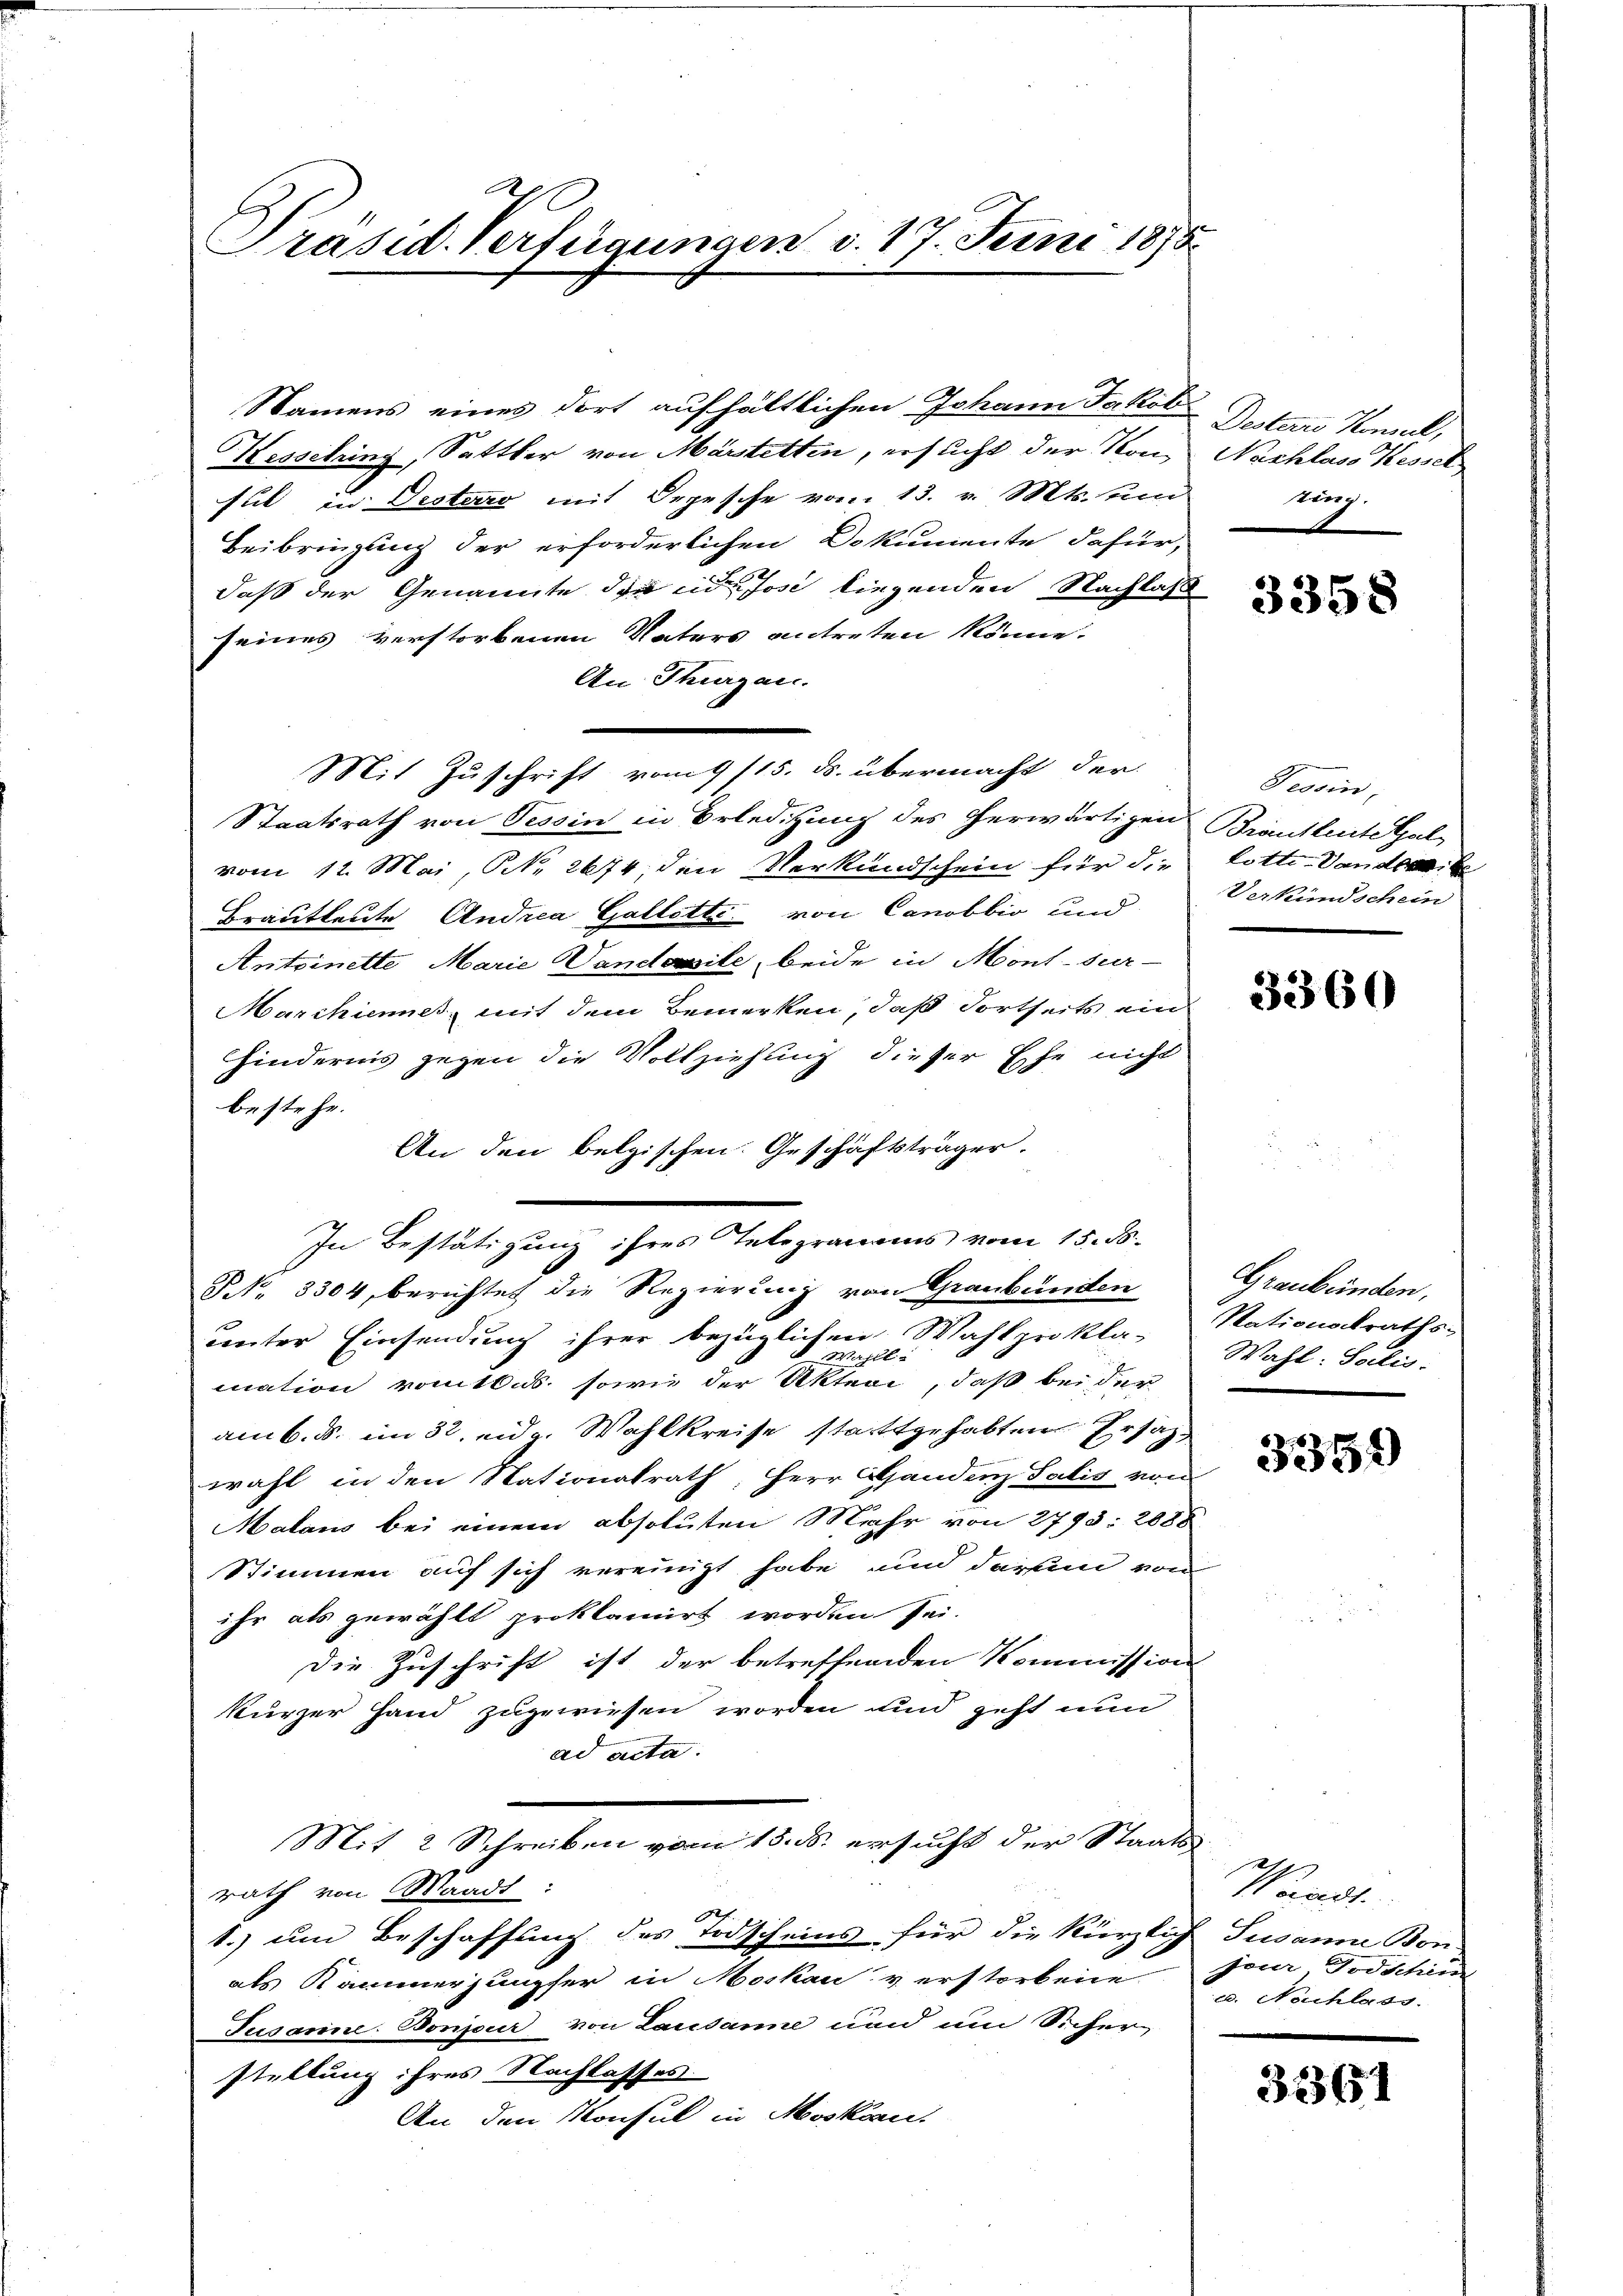
Präsid. Verfügungen v. 17. Juni 1875.

Namens eines dort aufhältlichen Johann Jakoti
Kesselring, Sattler von Märstetten, ersucht der Von Nachlass Kessel
sul in Destero mit Depesche vom 13. v. Mts. und
Beibringung der erforderlichen Dokumente dafür,
daß der Genannte die in Jose liegenden Nachlas
seines verstorbenen Vaters antreten könne.
An Thurgau.
Mit Zuschrift vom 9/15. ds. übermacht der
Staatsrath von Tessin in Erledigung des herwärtigens Brautleute Galvom 12. Mai, NNo. 2674, den Verkundschein für die Lotte-Vandereite
Brautleute Andrea Gallette von Canobbio und
Antoinette Marie Vandossile, beide in Mont sur-
Marchienes, mit dem Bemerken, daß dortheits ein
Hindernis gegen die Vollziehung dieser Ehe nicht
bestehe.
An den belgischen. Geschäftsträger
NNo. 3304, berichtet die Regierung von Graubünden
unter Einsendung ihrer bezüglichen Wahlprokla- Wahl: Sollis.
e
Wahll
mation vom 16. ds. sowie der Aktivi, daß bei der
am 6. ds. im 3ten u. Wahlkreise stattgehabten Ersat
wahl in den Nationalrath, Herr Handenz Salis von
Malans bei einem absoluten Mehr von 2793: 2088
Stimmen auf sich vereinigt habe, und darum von
ihr als gewählt proklamirt worden sei.
Die Zuschrift ist der betreffenden Kommission
kurzer Hand zugewiesen worden und geht nun
ad acta.
Mit 2 Schreiben vom 15. ds. ersucht der Staats-
rath von Waadt:
1.) um Beschaffung des Todscheins für die kürzlich Susanne Bon
als Kammer jungfer in Moskau verstorbene
Tusanne. Bonjour von Lausanne und um Sicherstellung ihres Nachlasses
An den Konsul in Mosko

In Bestätigung ihres Telegramms vom 15. ds.

Desterri Konseil,
nig.

3358

Tessin,
Verkündschein

3360

Graubünden,
Stationsraths-

3359)

e
aadt.
jeur, Todschin
. Nachlass.

35361